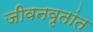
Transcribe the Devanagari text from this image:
जीवनवृतांत